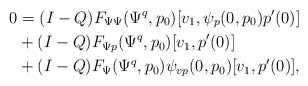
\begin{align*}0 &= (I-Q) F_{\Psi\Psi}(\Psi^q,p_0)[v_1, \psi_p(0,p_0)p'(0)]\\&+ (I-Q) F_{\Psi p}(\Psi^q,p_0)[v_1, p'(0)]\\&+ (I-Q) F_\Psi(\Psi^q,p_0)\psi_{vp}(0,p_0)[v_1,p'(0)],\end{align*}